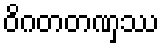
ဝိဂတတဏှဿ